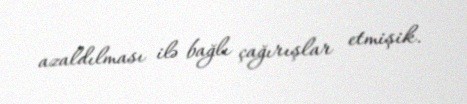
azaldılması ilə bağlı çağırışlar etmişik.